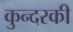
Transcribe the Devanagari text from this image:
कुन्‍दरकी